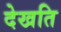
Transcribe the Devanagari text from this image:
देखति